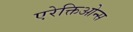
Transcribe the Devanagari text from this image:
एरेक्तिओन्स